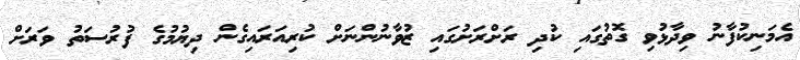
އެމަނިކުފާނު ވިދާޅުވި ގޮތުގައި ކުދި ރަށްރަށުގައި ޒުވާނުންނަށް ކުރިއަރައިގެން ދިޔުމުގެ ފުރުސަތު ވަރަށް